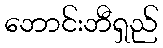
ဘောင်းဘီရှည်